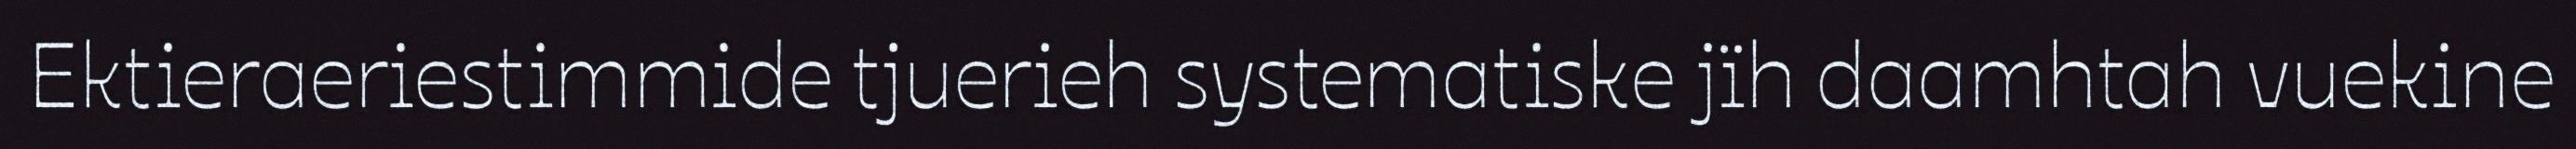
Ektieraeriestimmide tjuerieh systematiske jïh daamhtah vuekine